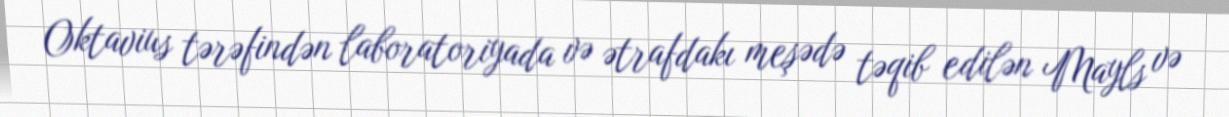
Oktavius tərəfindən laboratoriyada və ətrafdakı meşədə təqib edilən Mayls və